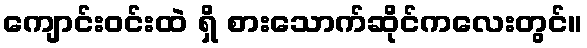
ကျောင်းဝင်းထဲ ရှိ စားသောက်ဆိုင်ကလေးတွင်။